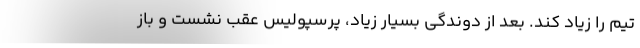
تیم را زیاد کند. بعد از دوندگی بسیار زیاد، پرسپولیس عقب نشست و باز